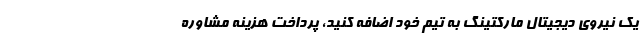
یک نیروی دیجیتال مارکتینگ به تیم خود اضافه کنید، پرداخت هزینه مشاوره